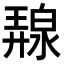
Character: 𭚛